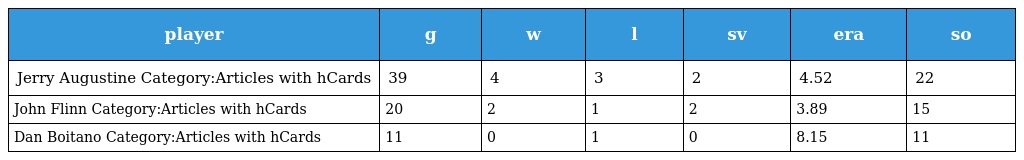
| player | g | w | l | sv | era | so |
 | --- | --- | --- | --- | --- | --- | --- |
 | Jerry Augustine Category:Articles with hCards | 39 | 4 | 3 | 2 | 4.52 | 22 |
 | John Flinn Category:Articles with hCards | 20 | 2 | 1 | 2 | 3.89 | 15 |
 | Dan Boitano Category:Articles with hCards | 11 | 0 | 1 | 0 | 8.15 | 11 |